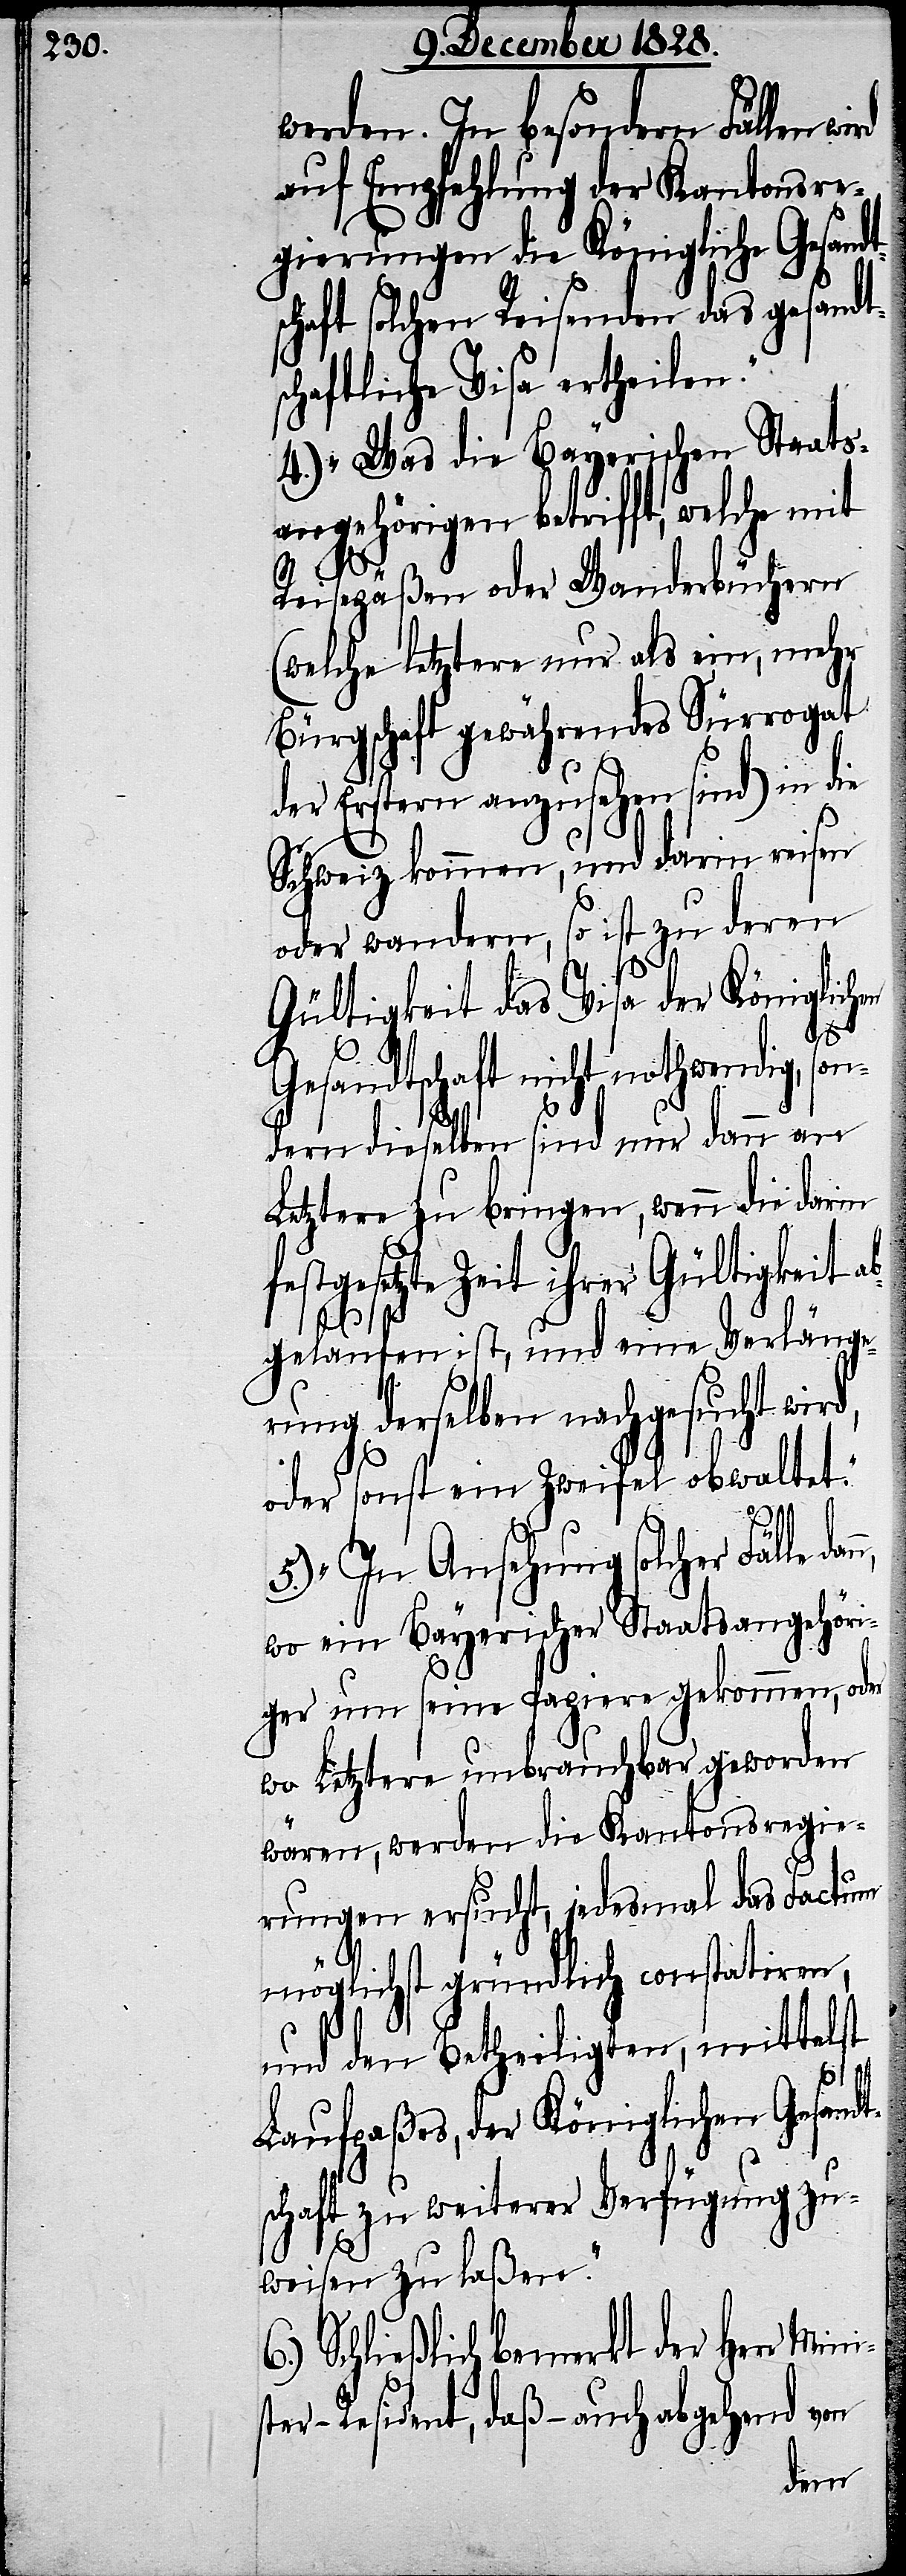
werden. In besondern Fällen wi¬
auf Empfehlung der Kantonsre¬
gierungen die Königliche Gesand¬
schaft solchen Reisenden das gesandt¬
schaftliche Visa ertheilen.“
4.) „Was die Bayerische Staats¬
angehörigen betrifft, welche mit
Reisepäßen oder Wanderbüchern
(welche letztere nur als ein, mehr
Bürgschaft gewährendes Sürrogat
der Erstern anzusehen sind) in die
Schweiz kommen, und darin reisen
oder wandern, so ist zu deren
ni¬
Gültigkeit das Visa der Königlichen
d,
Gesandtschaft nicht nothwendig, son¬
dern dieselben sind nur dann an
Letztere zu bringen, wenn die darin
festgesetzte Zeit ihrer Gültigkeit a¬
bgelaufen ist, und eine Verlänge¬
rung derselben nachgesucht wir¬
oder sonst ein Zweifel obwaltet.“
6.)
5.) „In Ansehung solcher Fälle da¬
wo ein Bayerischer Staatsangehöri¬
ger um seine Papiere gekommen, oder
wo Letztere unbrauchbar geworden
wären, werden die Kantonsregie¬
rungen ersucht, jedesmal das Factum
möglichst gründlich constatiren,
und den Betheiligten, mittelst
Laufpaßes, der Königlichen Gesand¬
schaft zu weiterer Verfügung zu¬
weisen zu laßen.“
Schließlich bemerkt der Herr Mi¬
ster-Resident, daß, – auch abgehend von